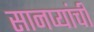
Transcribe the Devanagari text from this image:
सानप्यांची